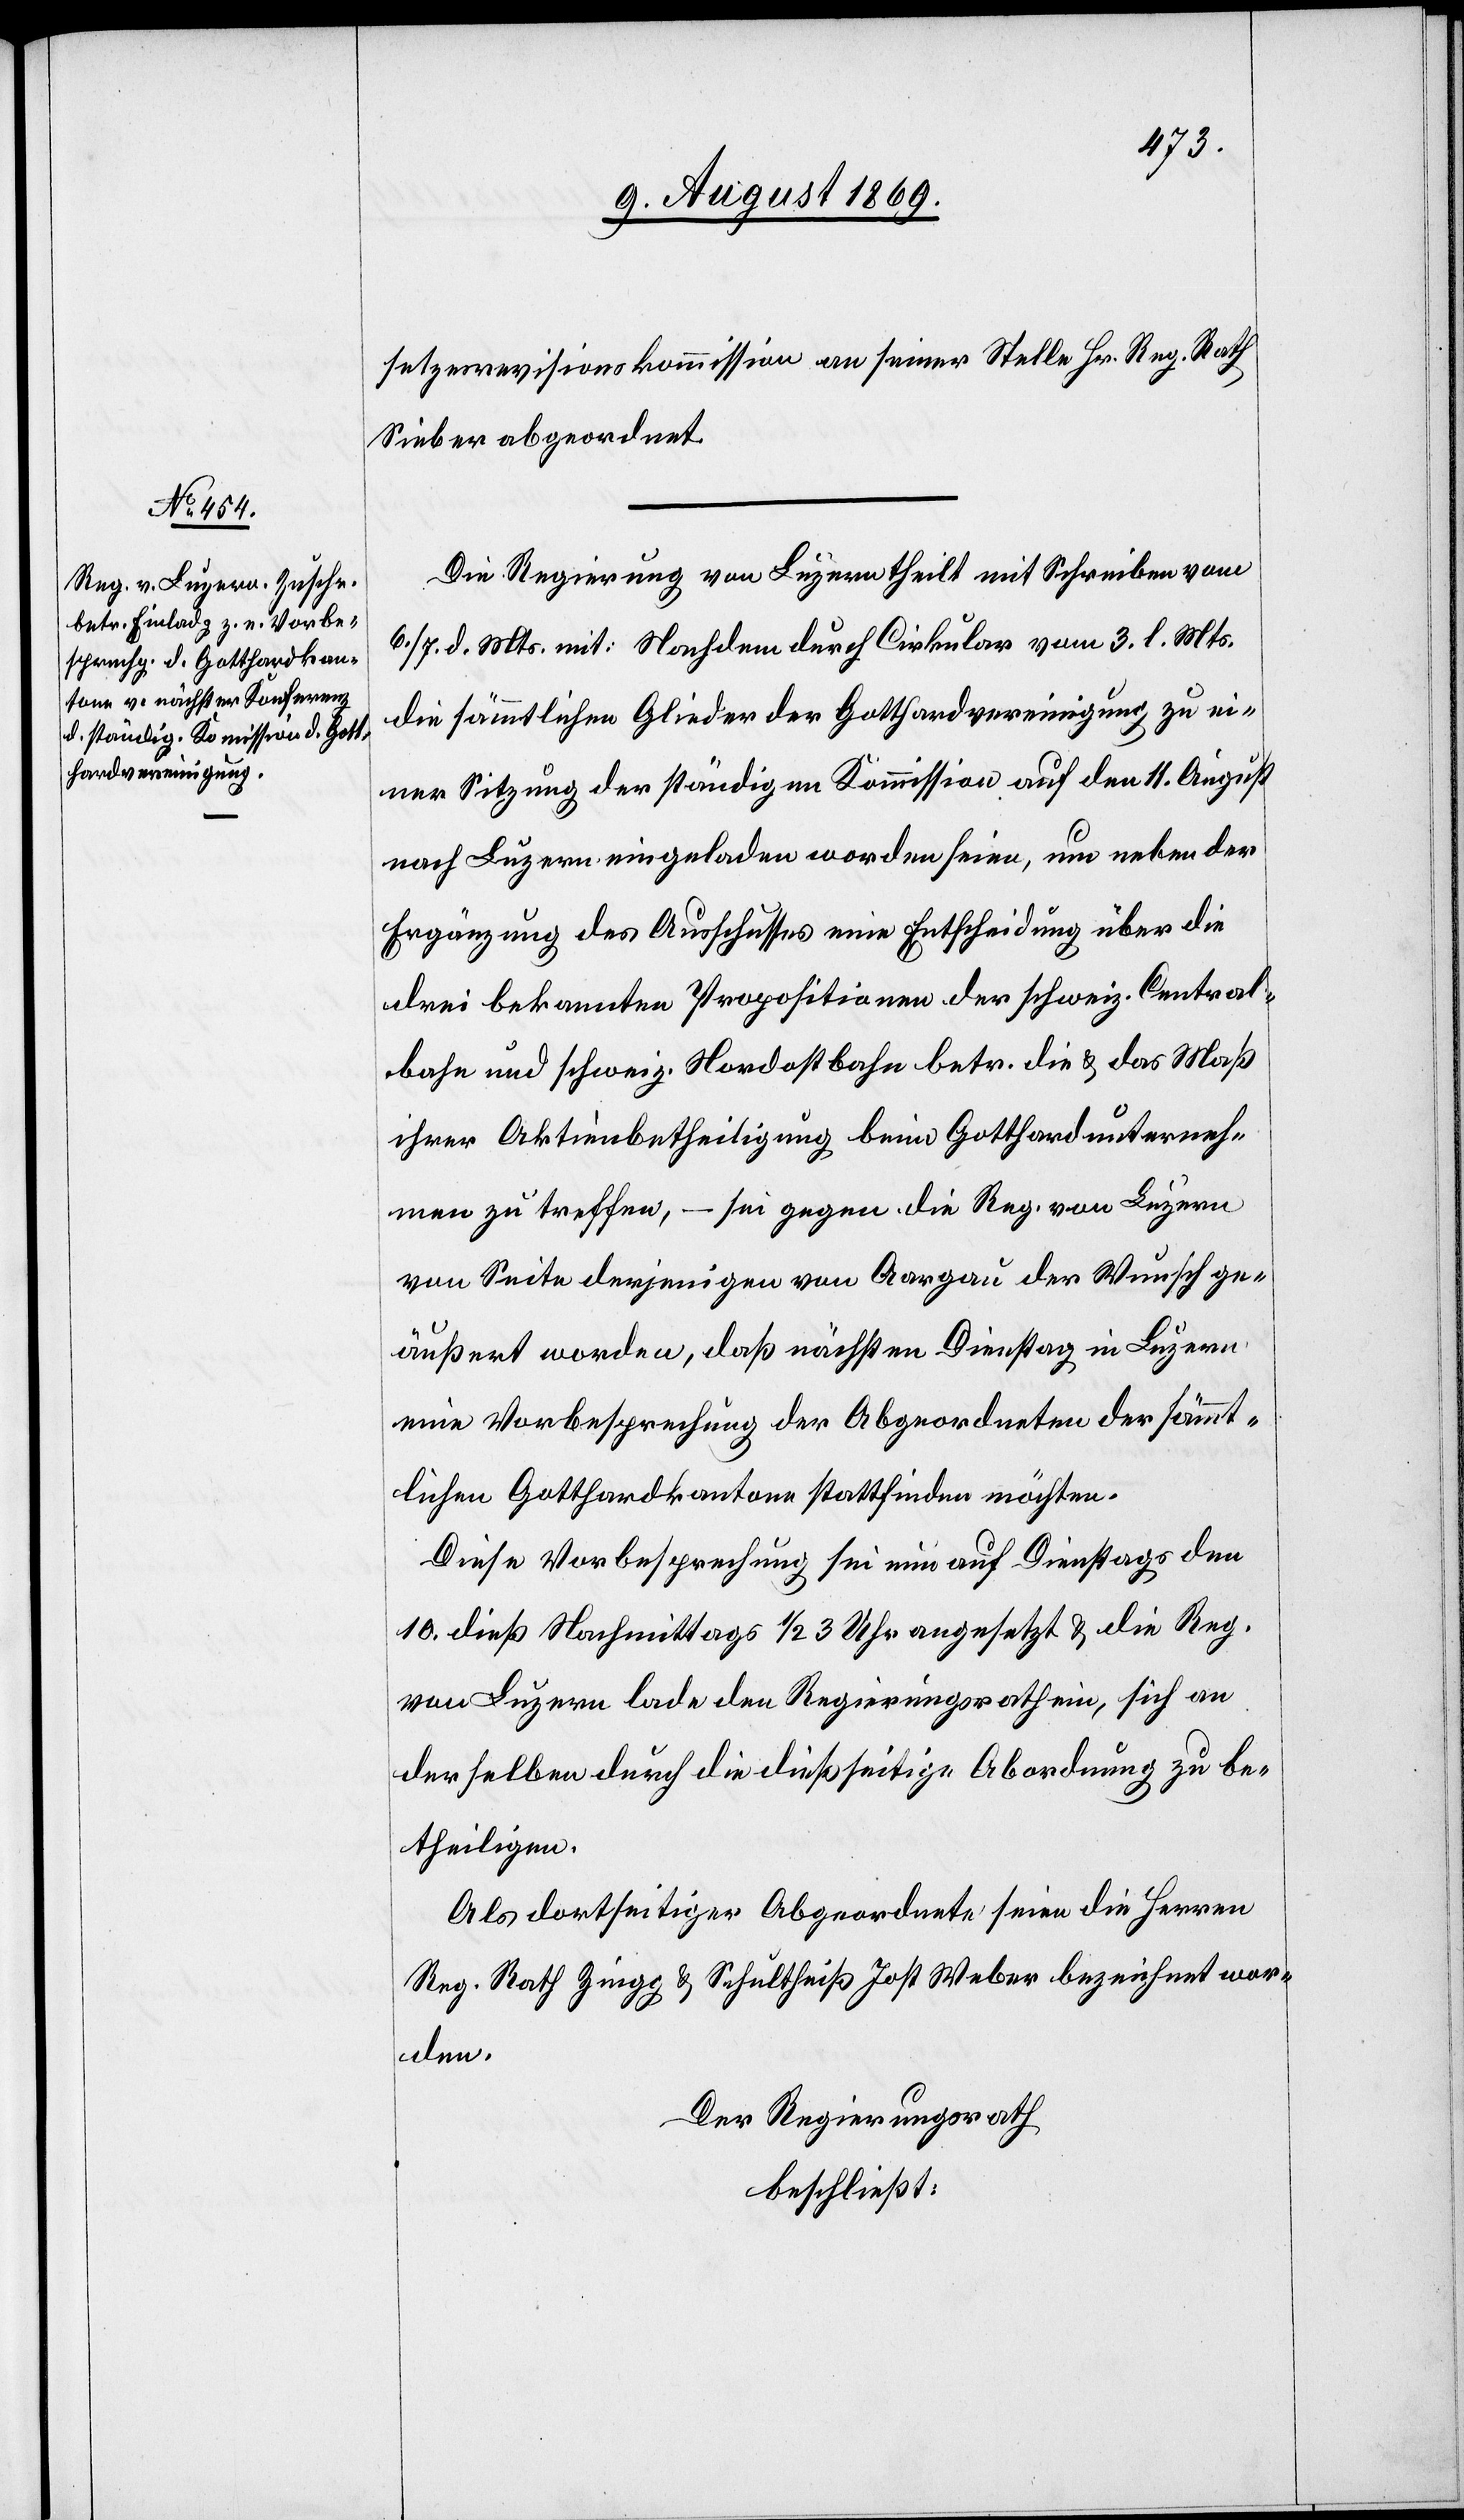
Sieber abgeordnet.
Die Regierung von Luzern theilt mit Schreiben vom
6/7 d. Mts. mit: Nachdem durch Cirkular vom 3 l. Mts.
die sämmtlichen Glieder der Gotthardvereinigung zu ei¬
ner Sitzung der ständigen Kommission auf den 11 August
nach Luzern eingeladen worden seien, um neben der
Ergänzung des Anschlusses eine Entscheidung über die
drei bekannten Propositionen der schweiz. Central¬
bahn und schweiz. Nordostbahn betr. die & das Maß
ihrer Aktienbetheiligung beim Gotthardunterneh¬
men zu treffen, – sei gegen die Reg. von Luzern.
von Seite derjenigen von Aargau der Wunsch ge¬
äußert worden, daß nächsten Dienstag in Luzern
eine Vorbesprechung der Abgeordneten der sämmt¬
lichen Gotthardkantone stattfinden möchten.
Diese Vorbesprechung sei nun auf Dienstags den
10 dieß Nachmittags 1/2 3 Uhr angesetzt & die Reg.
von Luzern lade den Regierungsrath ein, sich an
derselben durch die dießseitige Abordnung zu be¬
theiligen.
Als dortseitige Abgeordnete seien die Herren
Reg. Rath Zingg & Schultheiß Jost Weber bezeichnet wor¬
den.
Der Regierungsrath
beschließt: